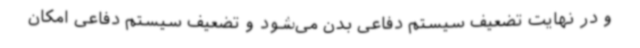
و در نهایت تضعیف سیستم دفاعی بدن می‌شود و تضعیف سیستم دفاعی امکان